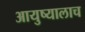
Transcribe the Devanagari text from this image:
आयुष्यालाच